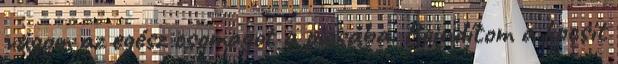
vágom az egész csomagot a picsába. Beindítom a kocsit